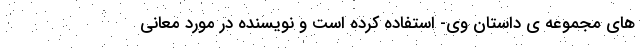
های مجموعه ی داستانِ وی- استفاده کرده است و نویسنده در مورد معانی